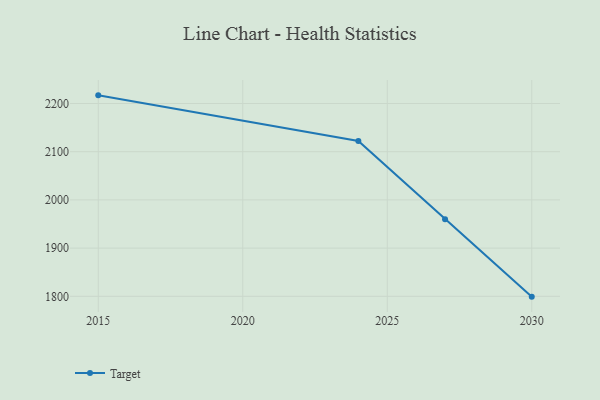
{"axis": {"x": "Year", "y": "Revenue (USD Million)"}, "legend": ["Target"], "data": [{"x": "2030", "y": 1799.3, "type": "Target"}, {"x": "2027", "y": 1960.1, "type": "Target"}, {"x": "2024", "y": 2122.1, "type": "Target"}, {"x": "2015", "y": 2216.9, "type": "Target"}]}